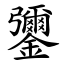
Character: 䥸